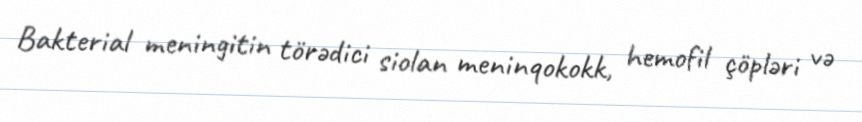
Bakterial meningitin törədici siolan meninqokokk, hemofil çöpləri və